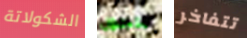
الشكولاتة يتجول تتفاخر